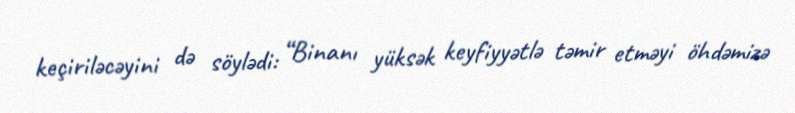
keçiriləcəyini də söylədi: “Binanı yüksək keyfiyyətlə təmir etməyi öhdəmizə